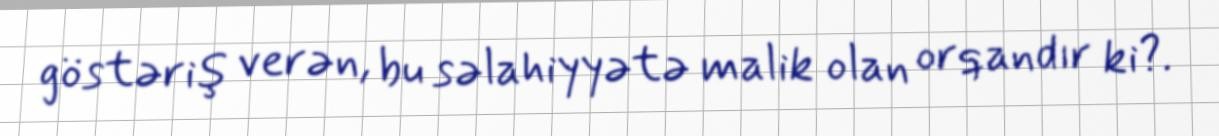
göstəriş verən, bu səlahiyyətə malik olan orqandır ki?.